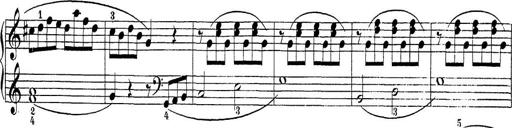
Title: Sonatina Album
Composer: Louis KÃ¶hler